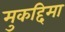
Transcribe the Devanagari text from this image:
मुकद्दिमा